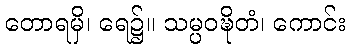
တောရမှိ၊ ရေ၌။ သမ္ပဝဍ္ဎိတံ၊ ကောင်း